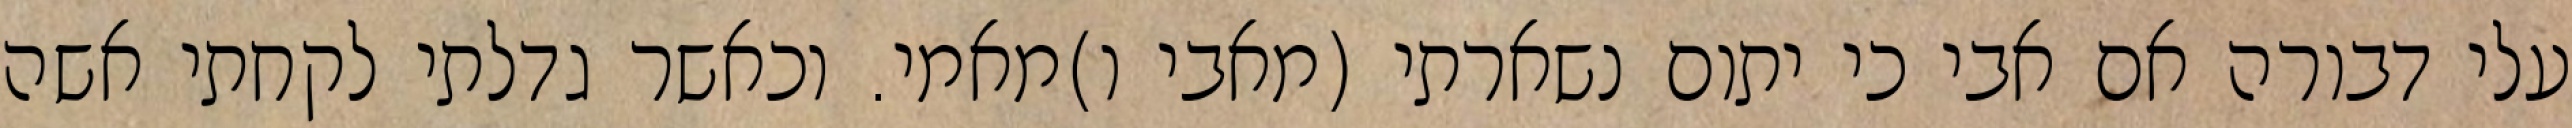
עלי דבורה אם אבי כי יתום נשארתי (מאבי ו)מאמי. וכאשר גדלתי לקחתי אשה